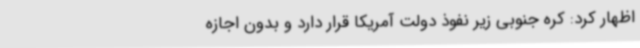
اظهار کرد: کره جنوبی زیر نفوذ دولت آمریکا قرار دارد و بدون اجازه